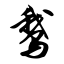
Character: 鹅